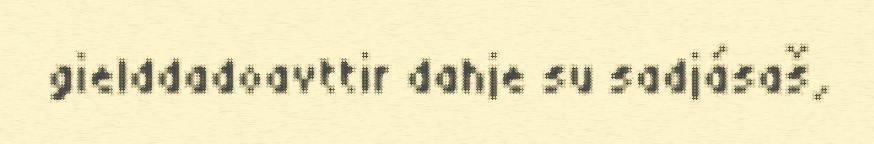
gielddadoavttir dahje su sadjásaš,